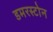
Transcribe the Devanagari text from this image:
डमरस्टोन